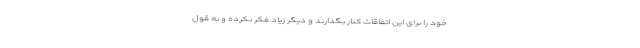
خود را برای این اتفاقات کنار بگذارند و دیگر زیاد فکر نکرده و به قول